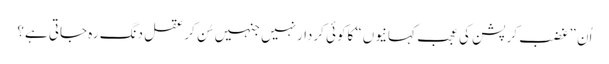
اُن ”غضب کرپشن کی عجب کہانیوں“ کاکوئی کردارنہیں جنہیں سُن کرعقل دنگ رہ جاتی ہے؟